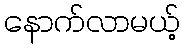
နောက်လာမယ့်